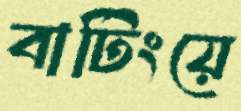
বাটিংয়ে